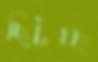
ছিটচ্ছ